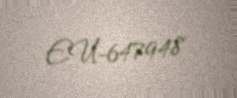
EU-647948